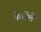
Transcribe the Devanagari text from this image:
केलेंले